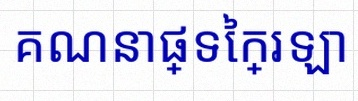
គណនាផ្ទៃក្រឡា